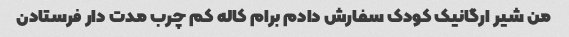
من شیر ارگانیک کودک سفارش دادم برام کاله کم چرب مدت دار فرستادن